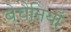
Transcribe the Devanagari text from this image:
बेचैनियाँ